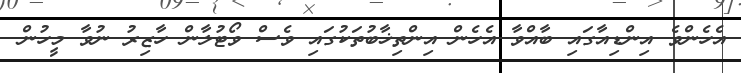
އެހެންވެ އިންޑިއާގައި ބާއްވާ އެހެން އިންތިޚާބުތަކުގައި ވެސް ވޯޓުލާން ހާޒިރު ނުވާ މީހުން